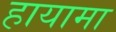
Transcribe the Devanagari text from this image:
हायामा